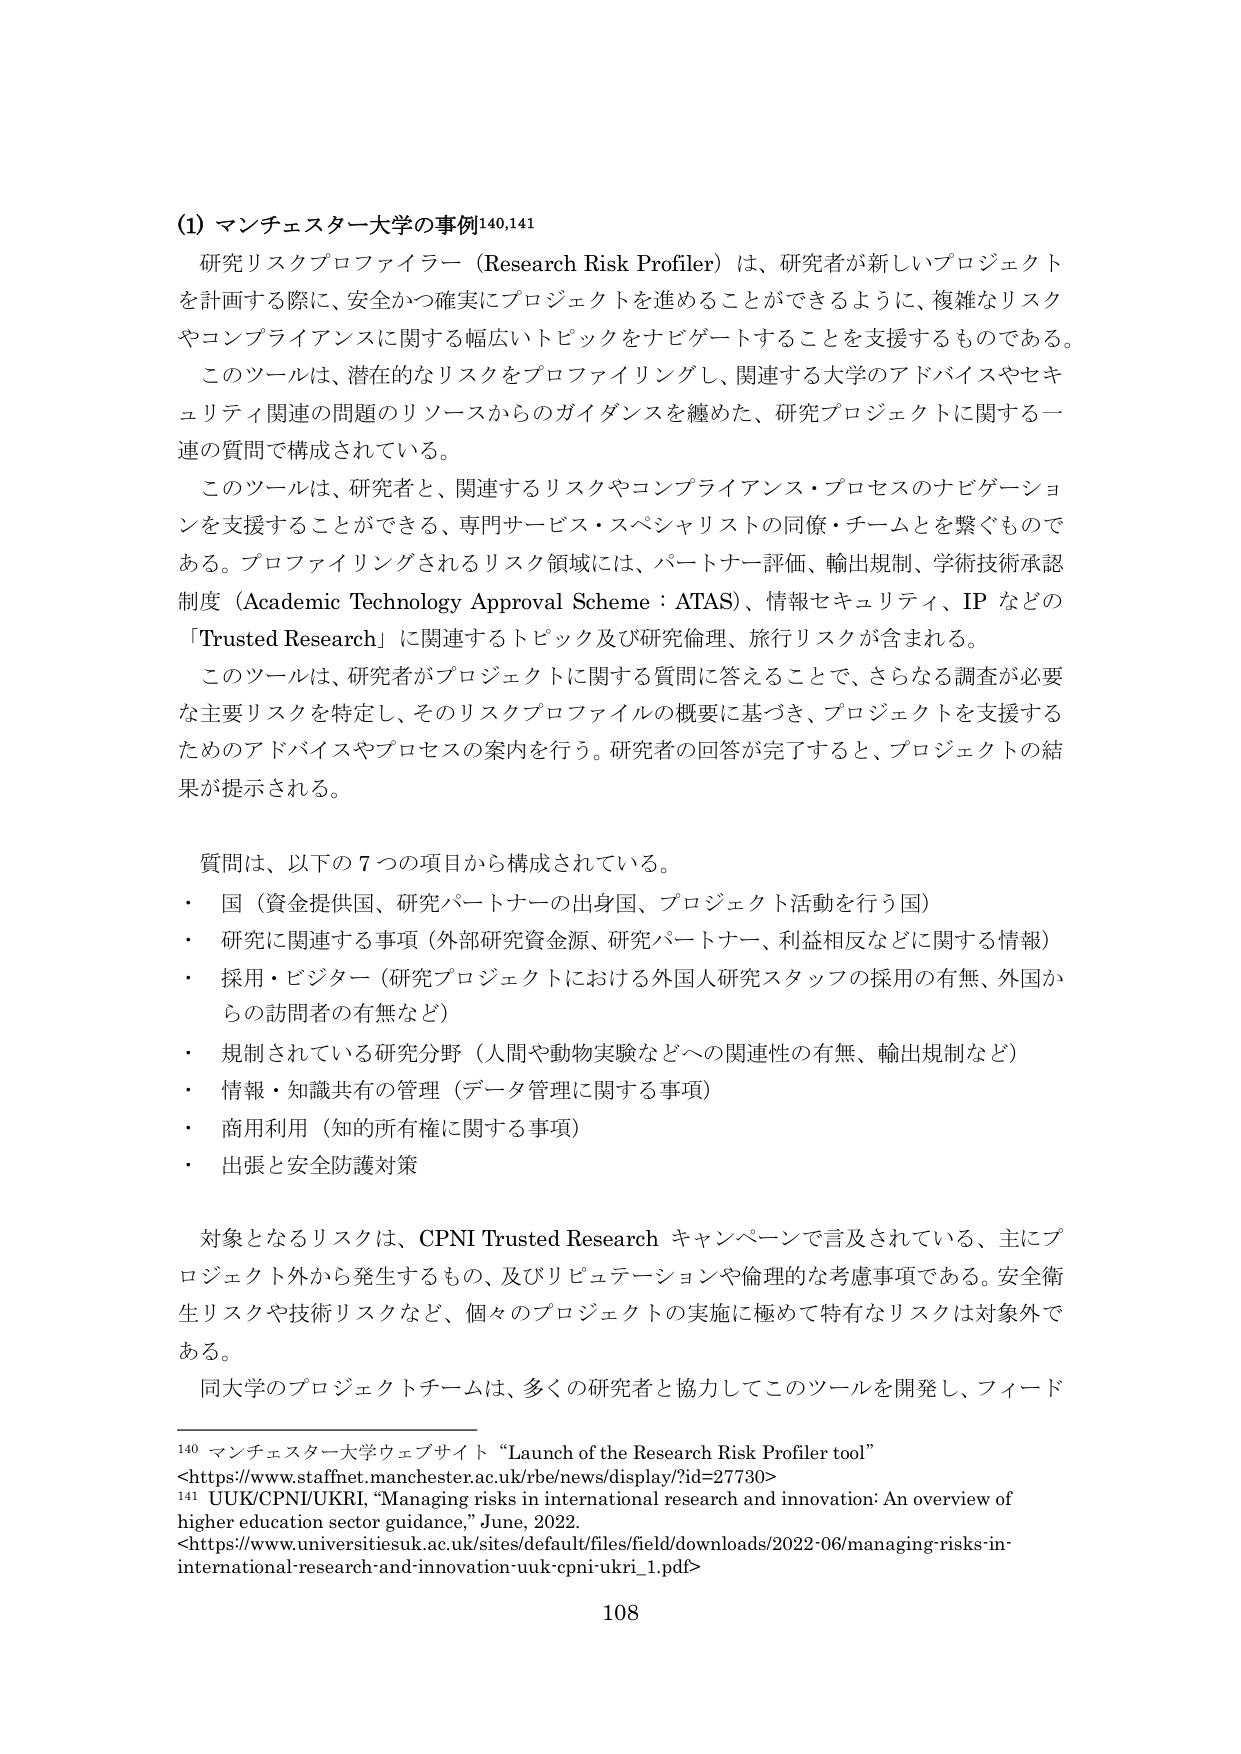
(1) マンチェスター大学の事例¹⁴⁰,¹⁴¹

研究リスクプロファイラー（Research Risk Profiler）は、研究者が新しいプロジェクトを計画する際に、安全かつ確実にプロジェクトを進めることができるように、複雑なリスクやコンプライアンスに関する幅広いトピックをナビゲートすることを支援するものである。

このツールは、潜在的なリスクをプロファイリングし、関連する大学のアドバイスやセキュリティ関連の問題のリソースからのガイダンスを纏めた、研究プロジェクトに関する一連の質問で構成されている。

このツールは、研究者と、関連するリスクやコンプライアンス・プロセスのナビゲーションを支援することができる、専門サービス・スペシャリストの同僚・チームとを繋ぐものである。プロファイリングされるリスク領域には、パートナー評価、輸出規制、学術技術承認制度（Academic Technology Approval Scheme：ATAS）、情報セキュリティ、IP などの「Trusted Research」に関連するトピック及び研究倫理、旅行リスクが含まれる。

このツールは、研究者がプロジェクトに関する質問に答えることで、さらなる調査が必要な主要リスクを特定し、そのリスクプロファイルの概要に基づき、プロジェクトを支援するためのアドバイスやプロセスの案内を行う。研究者の回答が完了すると、プロジェクトの結果が提示される。

質問は、以下の7つの項目から構成されている。

・ 国（資金提供国、研究パートナーの出身国、プロジェクト活動を行う国）
・ 研究に関連する事項（外部研究資金源、研究パートナー、利益相反などに関する情報）
・ 採用・ビジター（研究プロジェクトにおける外国人研究スタッフの採用の有無、外国からの訪問者の有無など）
・ 規制されている研究分野（人間や動物実験などへの関連性の有無、輸出規制など）
・ 情報・知識共有の管理（データ管理に関する事項）
・ 商用利用（知的所有権に関する事項）
・ 出張と安全防護対策

対象となるリスクは、CPNI Trusted Research キャンペーンで言及されている、主にプロジェクト外から発生するもの、及びリピュテーションや倫理的な考慮事項である。安全衛生リスクや技術リスクなど、個々のプロジェクトの実施に極めて特有なリスクは対象外である。

同大学のプロジェクトチームは、多くの研究者と協力してこのツールを開発し、フィード

¹⁴⁰ マンチェスター大学ウェブサイト “Launch of the Research Risk Profiler tool”
<https://www.staffnet.manchester.ac.uk/rbe/news/display?id=27730>

¹⁴¹ UUK/CPNI/UKRI, “Managing risks in international research and innovation: An overview of higher education sector guidance,” June, 2022.
<https://www.universitiesuk.ac.uk/sites/default/files/field/downloads/2022-06/managing-risks-in-international-research-and-innovation-uuk-cpni-ukri_1.pdf>

108